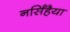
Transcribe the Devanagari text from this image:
नर्सिंहैया